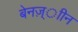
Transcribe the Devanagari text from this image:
बेनज़्ाीन